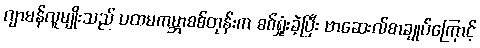
ဂျာမန်လူမျိုးသည် ပထမကမ္ဘာစစ်တုန်းက စစ်ရှုံးခဲ့ပြီး ဗာဆေးလ်စာချုပ်ကြောင့်